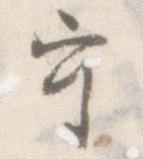
守